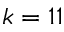
k = 1 1